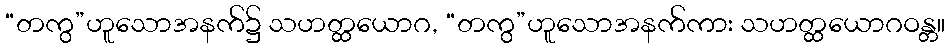
“တကွ”ဟူသောအနက်၌ သဟတ္ထယောဂ, “တကွ”ဟူသောအနက်ကား သဟတ္ထယောဂဝန္တ။